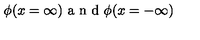
\phi ( x = \infty ) \textrm { a n d } \phi ( x = - \infty )